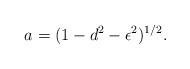
LaTeX: \begin{align*}a = (1 - d^2 - \epsilon^2 )^{1/2}.\end{align*}